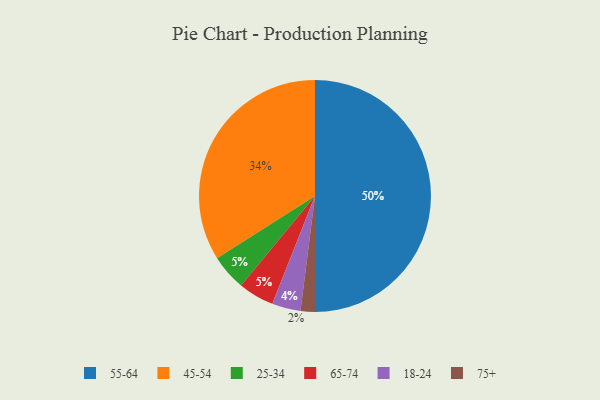
{"axis": {"x": "Category", "y": "Percentage"}, "legend": ["18-24", "25-34", "45-54", "55-64", "65-74", "75+"], "data": [{"x": "18-24", "y": 4, "type": "18-24"}, {"x": "45-54", "y": 34, "type": "45-54"}, {"x": "25-34", "y": 5, "type": "25-34"}, {"x": "65-74", "y": 5, "type": "65-74"}, {"x": "55-64", "y": 50, "type": "55-64"}, {"x": "75+", "y": 2, "type": "75+"}]}